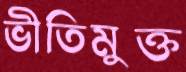
ভীতিমুক্ত